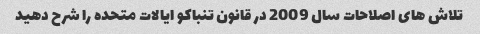
تلاش های اصلاحات سال 2009 در قانون تنباکو ایالات متحده را شرح دهید